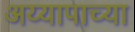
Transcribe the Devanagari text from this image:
अय्यापाच्या